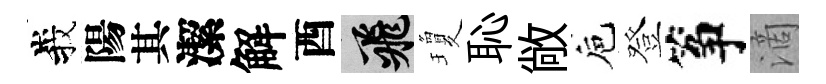
峩陽其潔解酉飛瓊恥敞巵登筝滴